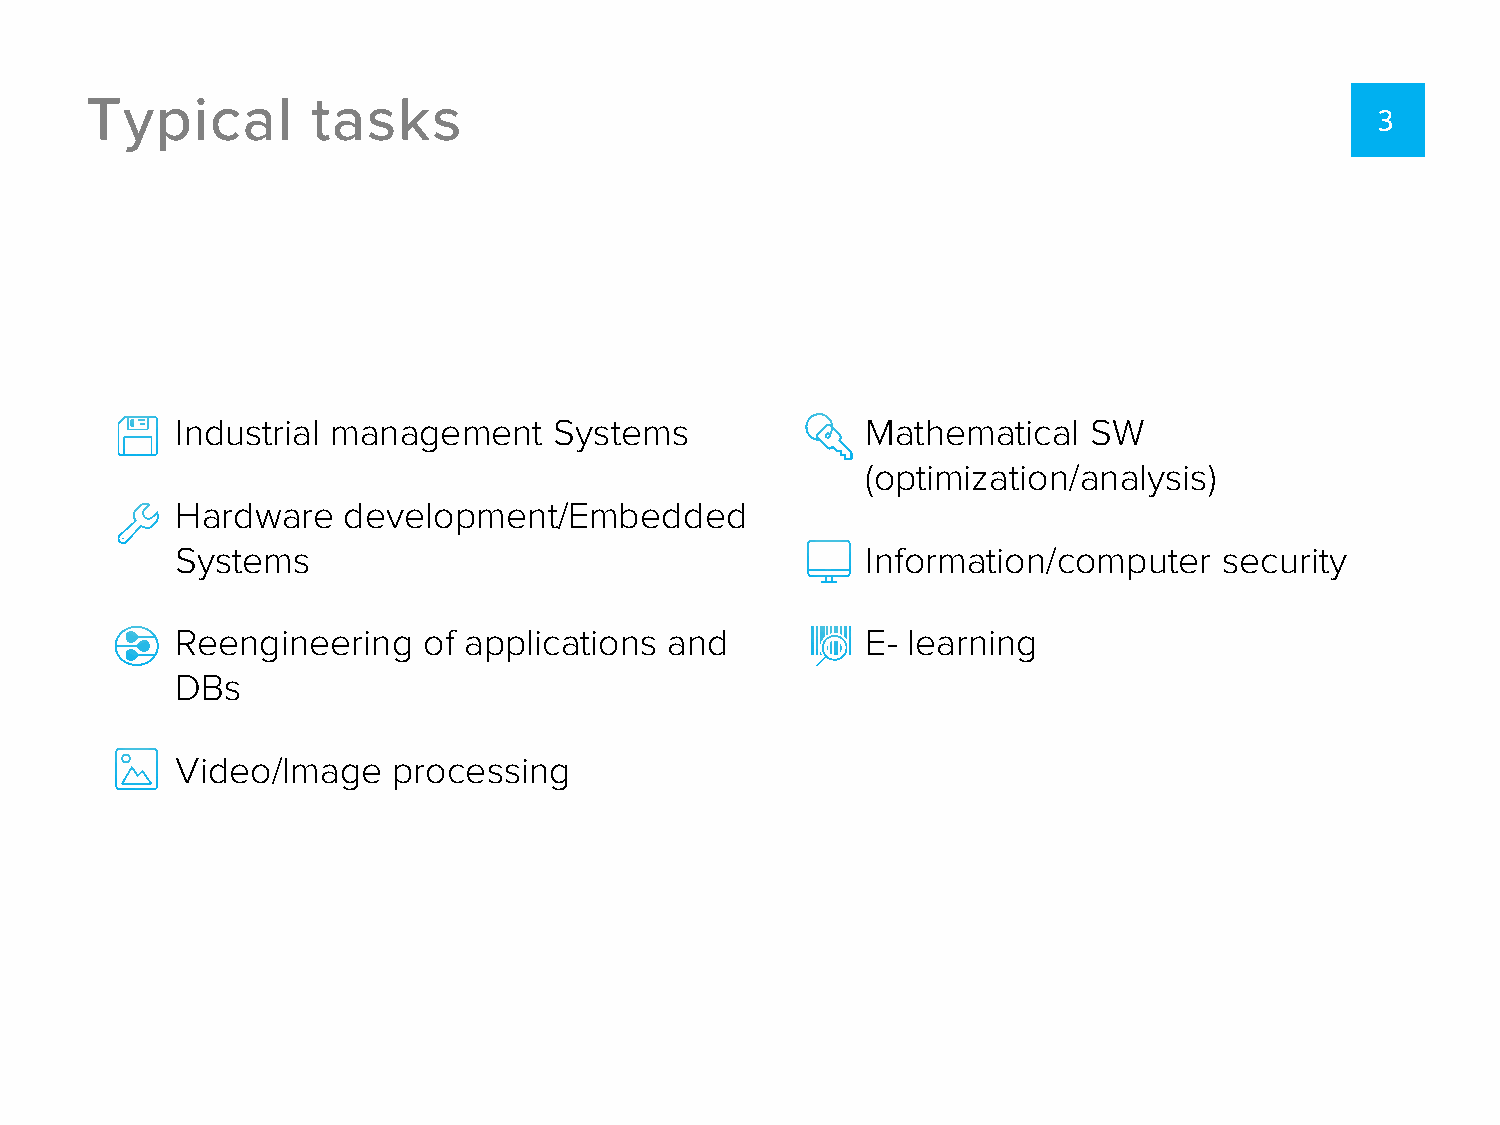
Typical        tasks
 3
 Industrial management    Systems             Mathematical   SW
 (optimization/analysis)
 Hardware   development/Embedded
 Systems                                      Information/computer    security
 Reengineering   of applications and          E- learning
 DBs
 Video/Image   processing